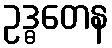
ဥဒ္ဓတေန